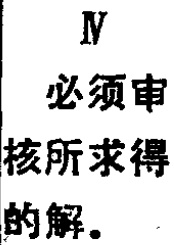
IV

必须审

核所求得

的解。